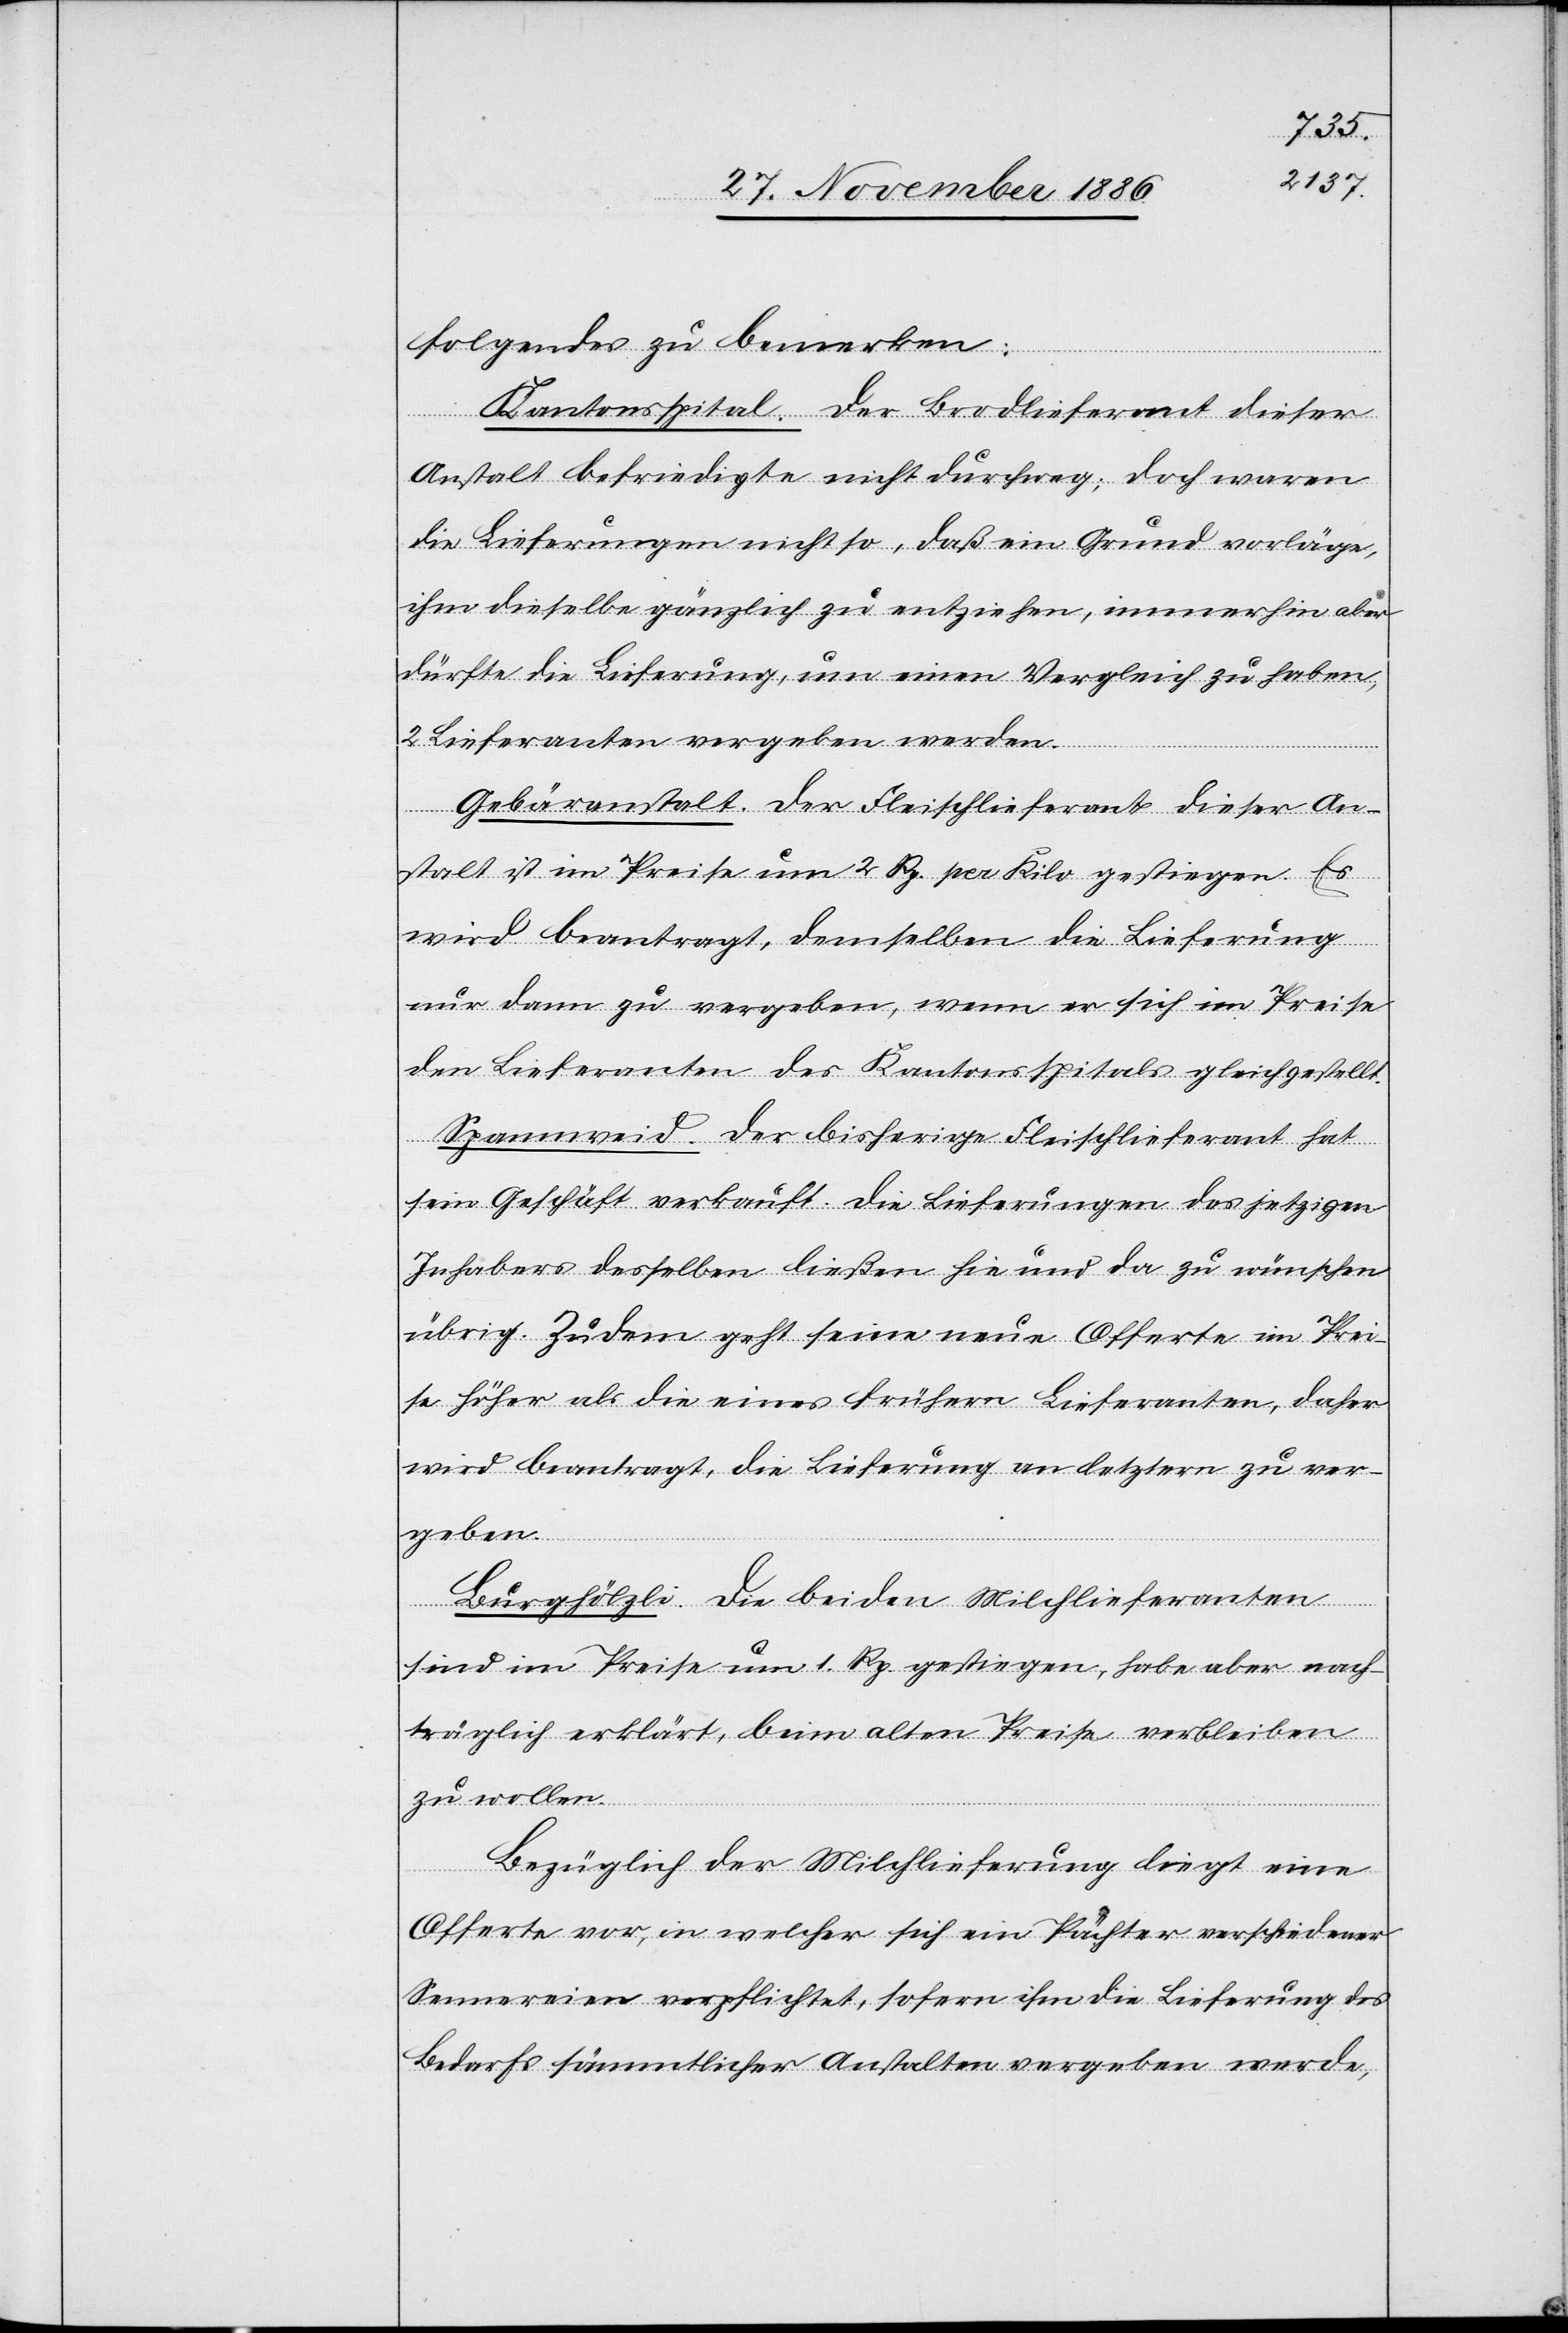
Folgendes zu bemerken:
Kantonsspital. Der Brodlieferant dieser
Anstalt befriedigte nicht durchweg; doch waren
die Lieferungen nicht so, daß ein Grund vorläge,
ihm dieselbe gänzlich zu entziehen, immerhin aber
dürfte die Lieferung, um einen Vergleich zu haben,
2 Lieferanten vergeben werden.
Gebäranstalt. Der Fleischlieferant dieser An¬
stalt ist im Preise um 2 Rp. per Kilo gestiegen. Es
wird beantragt, demselben die Lieferung
nur dann zu vergeben, wenn er sich im Preise
den Lieferanten des Kantonsspitals gleichgestellt.
Spannweid. Der bisherige Fleischlieferant hat
sein Geschäft verkauft. Die Lieferungen des jetzigen
Inhabers desselben ließen hie und da zu wünschen
übrig. Zudem geht seine neue Offerte im Prei¬
se höher als die eines frühern Lieferanten, daher
wird beantragt, die Lieferung an letztern zu ver¬
geben.
Burghölzli. Die beiden Milchlieferanten
sind im Preise um 1. Rp. gestiegen, habe[n] aber nach¬
träglich erklärt, beim alten Preise verbleiben
zu wollen.
Bezüglich der Milchlieferung liegt eine
Offerte vor, in welcher sich ein Pächter verschiedener
Sennereien verpflichtet, sofern ihm die Lieferung des
Bedarfs sämmtlicher Anstalten vergeben werde,